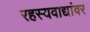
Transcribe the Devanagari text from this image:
रहस्यवाद्यांवर